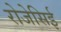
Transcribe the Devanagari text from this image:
रोजेसिई